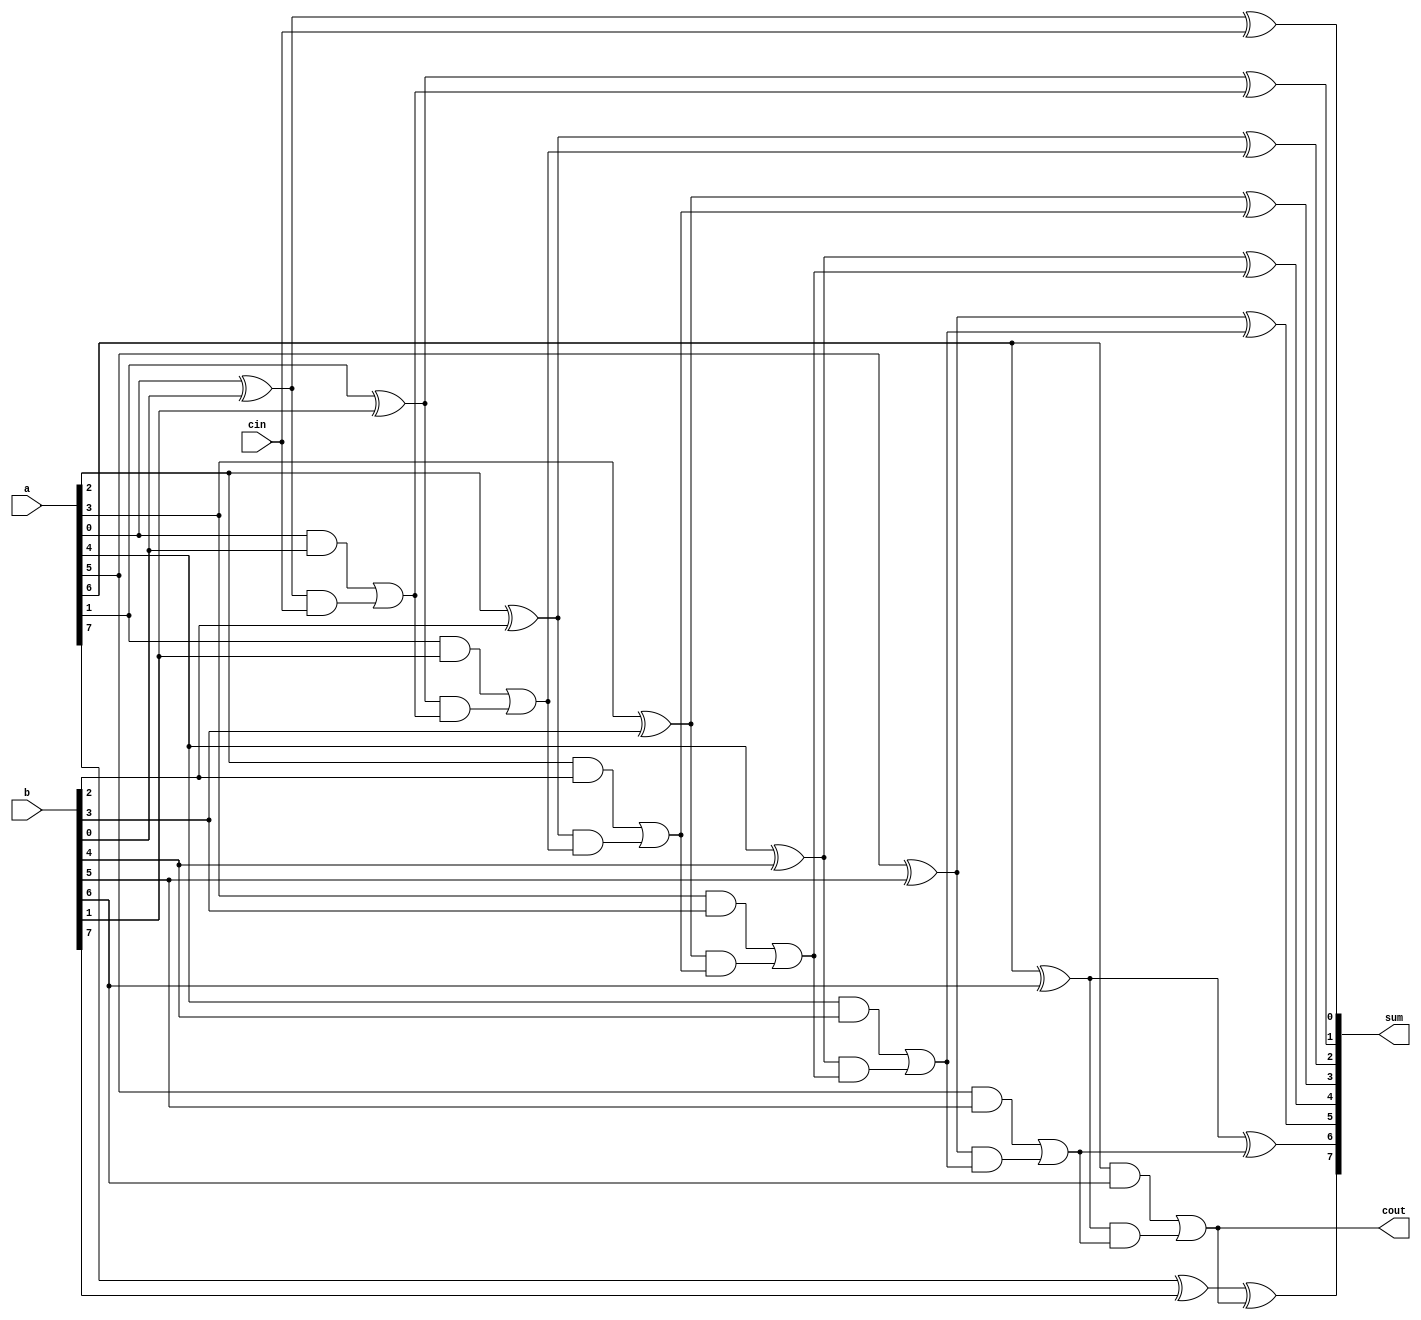
module cla(a,b,cin,sum,cout);
	input [7:0] a,b;
	input cin;
	output [7:0] sum;
	output cout;
	wire [7:0] p,g,c;
	genvar j;
	for(j=0;j<=7;j=j+1)
	begin
	  assign p[j]=(a[j]^b[j]); //propogate stage
	  assign g[j]=(a[j]&b[j]); //generate stage
	  if (j==0)
	  	assign c[0]=cin;
	  else
	  	assign c[j]=g[j-1]|(p[j-1]&c[j-1]); // internal carry
	  
	  assign sum[j]=p[j]^c[j]; //sum generation
		end	
		assign cout=c[7];
endmodule